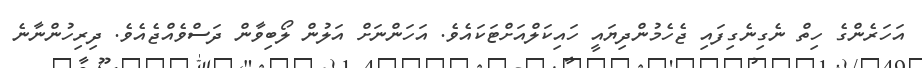
އަހަރެންގެ ހިތް ނެގިނެގިފައި ޖެހެމުންދިޔައީ ހައިކަލްއަށްޓަކައެވެ. އަހަންނަށް އަލުން ލޯބިވާން ދަސްވެއްޖެއެވެ. ދިރިހުންނާނެ